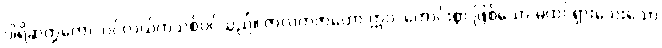
ပါရိဆတ္တကော၊ ပင်လယ်ကသစ်ပင်သည်။ ဇာလကဇာတော ဣဝ၊ ကောင်းစွာ ဖြစ်သော မထင်ရှားသေးသော